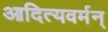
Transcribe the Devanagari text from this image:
आदित्यवर्मन्‌